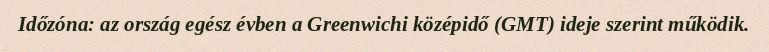
Időzóna: az ország egész évben a Greenwichi középidő (GMT) ideje szerint működik.